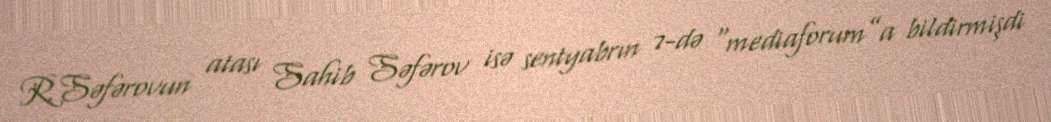
R.Səfərovun atası Sahib Səfərov isə sentyabrın 7-də “mediaforum”a bildirmişdi